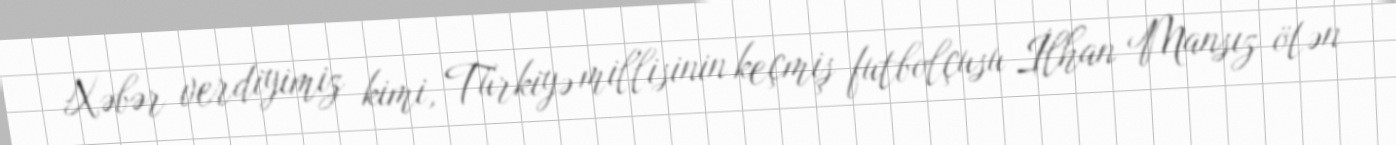
Xəbər verdiyimiz kimi, Türkiyə millisinin keçmiş futbolçusu İlhan Mansız ötən